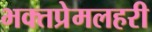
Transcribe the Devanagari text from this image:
भक्तप्रेमलहरी